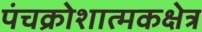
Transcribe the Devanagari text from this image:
पंचक्रोशात्मकक्षेत्र